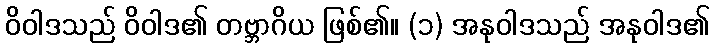
ဝိဝါဒသည် ဝိဝါဒ၏ တဗ္ဘာဂိယ ဖြစ်၏။ (၁) အနုဝါဒသည် အနုဝါဒ၏